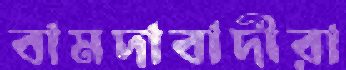
বামদাবাদীরা